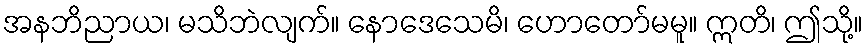
အနဘိညာယ၊ မသိဘဲလျက်။ နောဒေသေမိ၊ ဟောတော်မမူ။ ဣတိ၊ ဤသို့။